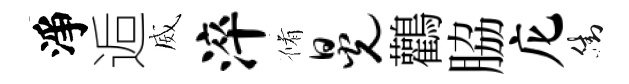
淨逅威淬脩晃鸛脇庀街